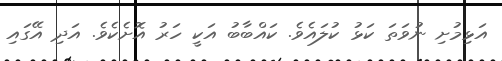
އަޅިމުށި ނުވަތަ ކަޅު ކުލައެވެ. ކައްބާބު އަކީ ހަރު އޮށެކެވެ. އަދި އޭގައި